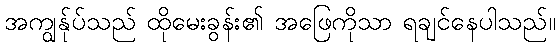
အကျွန်ုပ်သည် ထိုမေးခွန်း၏ အဖြေကိုသာ ရချင်နေပါသည်။